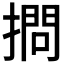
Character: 𢴌